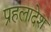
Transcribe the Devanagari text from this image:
प्रहलादेश